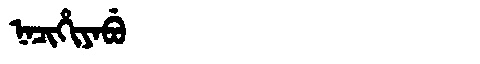
Manchu: ᠨᠠᠴᡳᡥᡳᠶᠠᠪᡠ
Romanization: NACIHIYABU